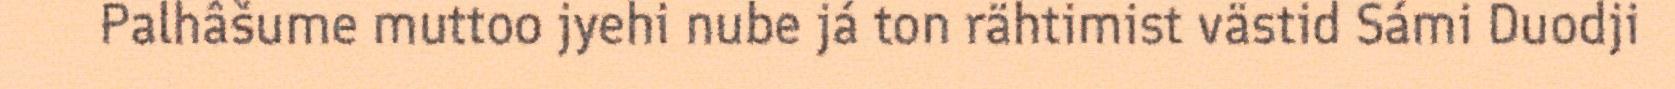
Palhâšume muttoo jyehi nube já ton rähtimist västid Sámi Duodji